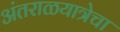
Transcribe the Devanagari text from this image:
अंतराळयात्रेचा